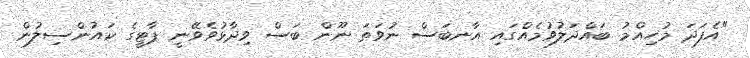
"އެފަދަ މުހިއްމު ބައްދަލުވުމެއްގައި އާނބަސް ނުވަތަ ނޫން ބަސް ވިދާޅުވެވޭނީ ޕާޓީގެ ކައުންސިލުން